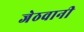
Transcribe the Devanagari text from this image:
जेठवानी